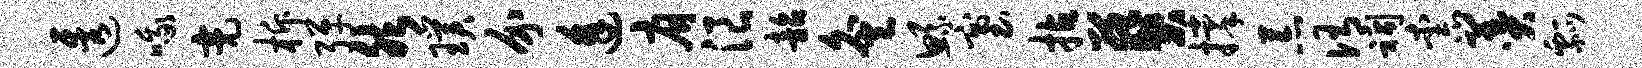
透哦亮柝弹然璞介逢肩浪韶灸鲧塞拈葵撑荒侑祠柰羹瓢